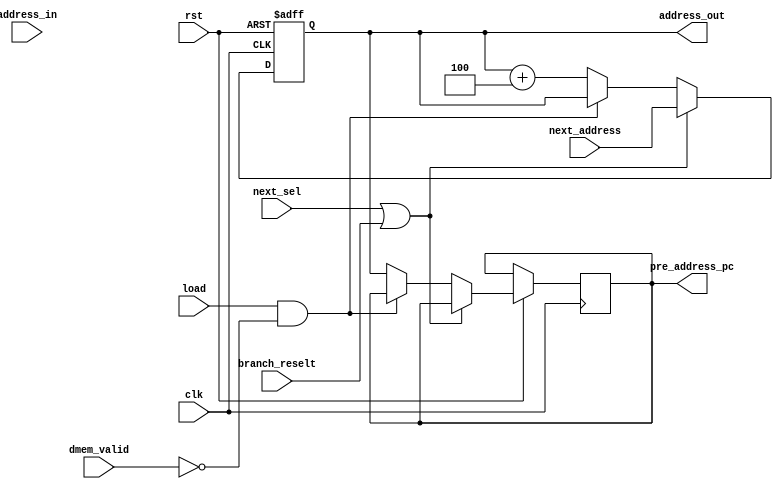
module pc (
    input wire clk,
    input wire rst,
    input wire load,
    input wire next_sel,
    input wire dmem_valid,
    input wire branch_reselt,
    input wire [31:0]next_address,
    input wire [31:0]address_in,

    output reg [31:0]address_out,
    output wire [31:0] pre_address_pc
);

    reg [31:0] pre_address;
    always @(posedge clk or negedge rst) begin
        if(!rst)begin
            address_out <= 0;
        end

        else begin
            if (next_sel | branch_reselt)begin
            address_out <= next_address;
            end
            else if ((load && !dmem_valid))begin
                address_out <= address_out;
                pre_address <= pre_address_pc;
            end
            else begin
                pre_address <= address_out;
                address_out <= address_out + 32'd4;
            end
        end
        
    end

    assign pre_address_pc = pre_address;
endmodule